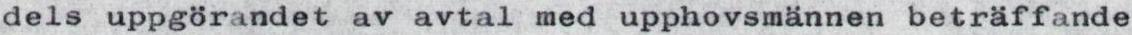
dels uppgörandet av avtal med upphovsmännen beträffande